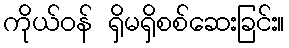
ကိုယ်ဝန် ရှိမရှိစစ်ဆေးခြင်း။